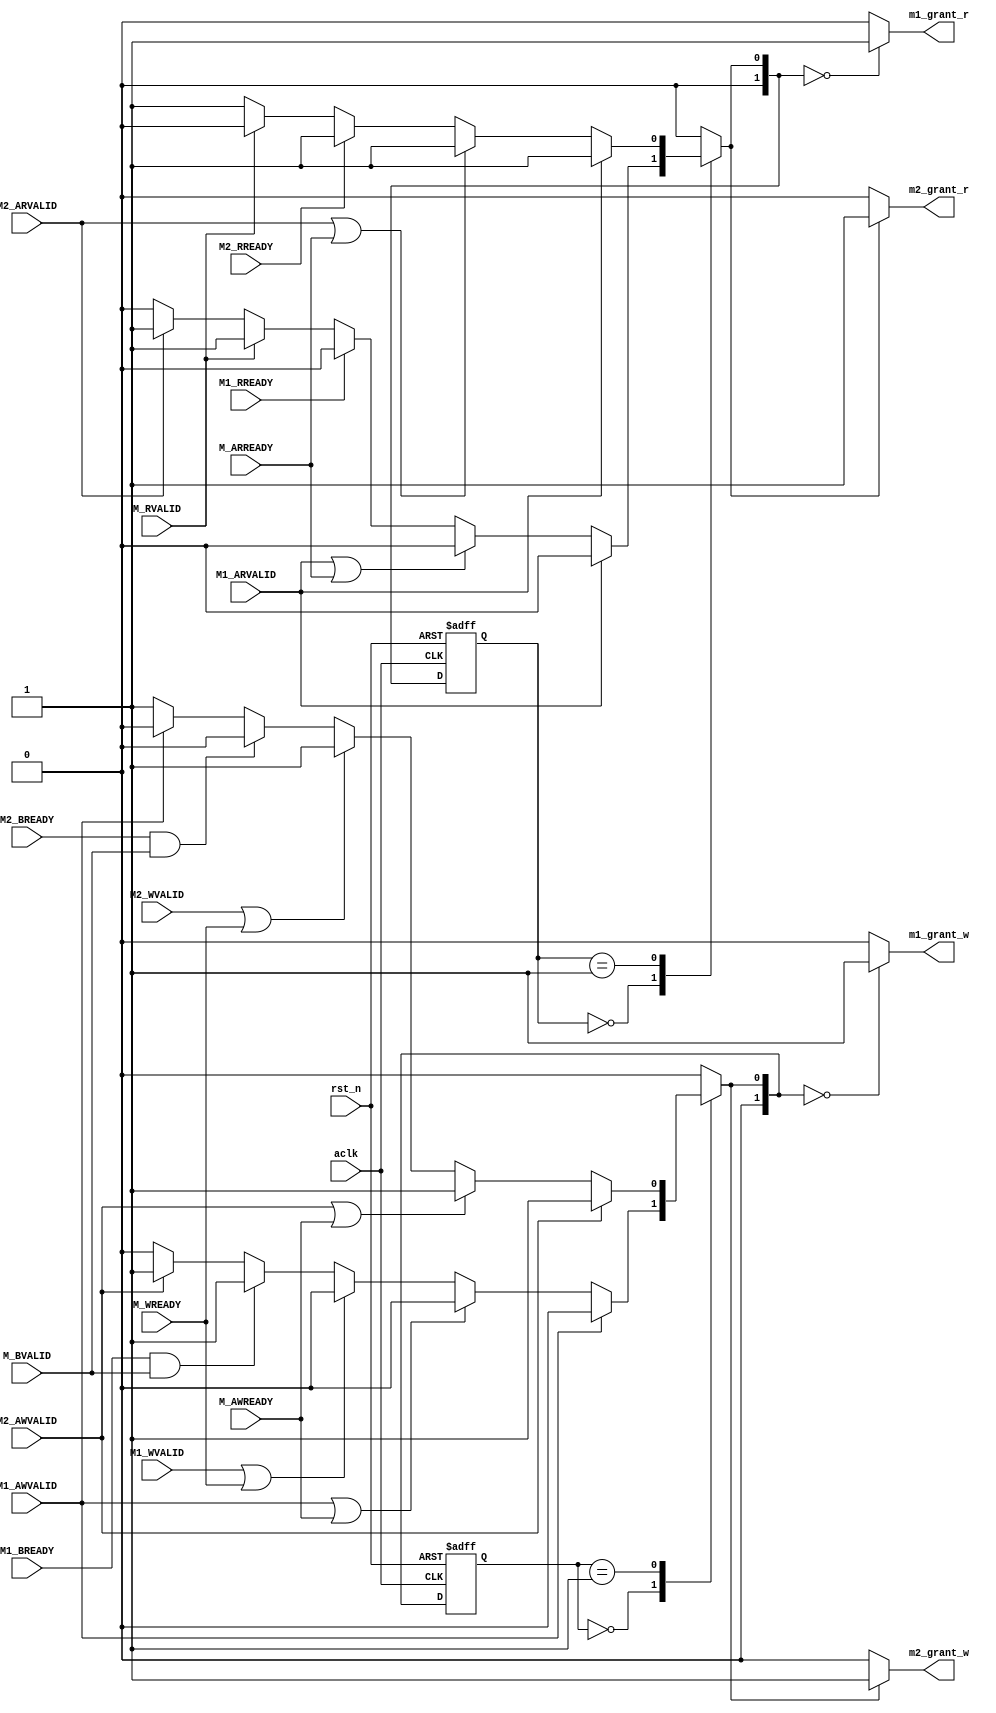
module axi_arbiter 
(
    // Gobal signal
    input wire          aclk,
    input wire          rst_n,
    // Write arbiter ---------------------
    // Master 0  write
    //input wire          M0_AWVALID,
    //input wire          M0_WVALID,
    //input wire          M0_BREADY,
    // Master 1 write 
    input wire          M1_AWVALID,
    input wire          M1_WVALID,
    input wire          M1_BREADY,
    // Master 2 write 
    input wire          M2_AWVALID,
    input wire          M2_WVALID,
    input wire          M2_BREADY,

    input wire          M_AWREADY,
    input wire          M_WREADY,
    input wire          M_BVALID,

    //output wire          m0_grant_w,
    output wire          m1_grant_w,
    output wire          m2_grant_w,
    // Read arbiter ------------------------
    // Master 0 read
    //input wire          M0_ARVALID,
    //input wire          M0_RREADY,
    // Master 1 read 
    input wire          M1_ARVALID,
    input wire          M1_RREADY,
    // Master 2 read
    input wire          M2_ARVALID,
    input wire          M2_RREADY,

    input wire          M_ARREADY,
    input wire          M_RVALID,

    //output wire          m0_grant_r,
    output wire          m1_grant_r,
    output wire          m2_grant_r
);
    //parameter W_AXI_MASTER0 = 2'b00;
    parameter W_AXI_MASTER1 = 2'b00;
    parameter W_AXI_MASTER2 = 2'b01;

    reg [1:0]   state_w, next_state_w;

    //parameter READY         = 2'b00  ;
    //parameter R_AXI_MASTER0 = 2'b00;
    parameter R_AXI_MASTER1 = 2'b00;
    parameter R_AXI_MASTER2 = 2'b01;
    
    reg [1:0]   state_r, next_state_r;
    
    // Write--------------------------------------------------------------------
    always @(posedge aclk or negedge rst_n ) begin
        if(!rst_n)begin
            state_w <= 2'd0;
        end else begin
            state_w <= next_state_w;
        end
    end

    always @(*) begin
        case (state_w)
        /*
            READY        :begin
                if(M0_AWVALID)begin
                    next_state_w = W_AXI_MASTER0;
                end else if(M1_AWVALID)begin
                    next_state_w = W_AXI_MASTER1;
                end else if(M2_AWVALID)begin
                    next_state_w = W_AXI_MASTER2;
                end else
                    next_state_w = READY;
            end
           
            W_AXI_MASTER0:begin    // 0>1>2
                if(M0_AWVALID)begin
                    next_state_w = W_AXI_MASTER0;
                end else if(M0_AWVALID || M_AWREADY)begin
                    next_state_w = W_AXI_MASTER0;
                end else if(M0_WVALID || M_WREADY)begin  // master 0 
                    next_state_w = W_AXI_MASTER0;
                end else if(M0_BREADY && M_BVALID) begin
                    next_state_w = W_AXI_MASTER1;
                end else if(M1_AWVALID) begin
                    next_state_w = W_AXI_MASTER1;
                end else if(M2_AWVALID)begin
                    next_state_w = W_AXI_MASTER2;
                end else begin
                    next_state_w = W_AXI_MASTER0;
                end
            end
             */ 
            W_AXI_MASTER1:begin   // 1>2
                if(M1_AWVALID)begin    
                    next_state_w = W_AXI_MASTER1;
                end else if(M1_AWVALID || M_AWREADY)begin
                    next_state_w = W_AXI_MASTER1;
                end else if(M1_WVALID || M_WREADY)begin  // master 0 
                    next_state_w = W_AXI_MASTER1;
                end else if(M1_BREADY && M_BVALID) begin  // have problem
                    next_state_w = W_AXI_MASTER2;
                end else if(M2_AWVALID) begin
                    next_state_w = W_AXI_MASTER2;
                //end else if(M0_AWVALID)begin
                   // next_state_w = W_AXI_MASTER0;
                end else begin
                    next_state_w = W_AXI_MASTER1;
                end
            end
            W_AXI_MASTER2:begin   // 2>0>1
                if(M2_AWVALID)begin    
                    next_state_w = W_AXI_MASTER2;
                end else if(M2_AWVALID || M_AWREADY)begin
                    next_state_w = W_AXI_MASTER2;
                end else if(M2_WVALID || M_WREADY)begin  // master 0 
                    next_state_w = W_AXI_MASTER2;
                end else if(M2_BREADY && M_BVALID) begin
                    next_state_w = W_AXI_MASTER1;
                    //next_state_w = W_AXI_MASTER0;
                //end else if(M0_AWVALID) begin
                    //next_state_w = W_AXI_MASTER0;
                end else if(M1_AWVALID)begin
                    next_state_w = W_AXI_MASTER1;
                end else begin
                    next_state_w = W_AXI_MASTER2;
                end
            end
            default: begin
                //next_state_w = W_AXI_MASTER0;
                next_state_w = W_AXI_MASTER1;
            end
        endcase
    end

    //assign m0_grant_w = (next_state_w == W_AXI_MASTER0) ? 1'b1 : 1'b0;
    assign m1_grant_w = (next_state_w == W_AXI_MASTER1) ? 1'b1 : 1'b0;
    assign m2_grant_w = (next_state_w == W_AXI_MASTER2) ? 1'b1 : 1'b0;

    // Read ---------------------------------------------------------------
    always @(posedge aclk or negedge rst_n ) begin
        if(!rst_n)begin
            state_r <= 2'd0;
        end else begin
            state_r <= next_state_r;
        end
    end

    always @(*) begin
        case (state_r)
            /*
            R_AXI_MASTER0:begin    // 0>1>2
                if(M0_ARVALID)begin
                    next_state_r = R_AXI_MASTER0;
                end else if(M0_ARVALID || M_ARREADY)begin
                    next_state_r = R_AXI_MASTER0;
                end else if(M0_RREADY)begin  // master 0 
                    next_state_r = R_AXI_MASTER0;
                end else if(M_RVALID) begin
                    next_state_r = R_AXI_MASTER1;
                end else if(M1_ARVALID) begin
                    next_state_r = R_AXI_MASTER1;
                end else if(M2_ARVALID)begin
                    next_state_r = R_AXI_MASTER2;
                end else begin
                    next_state_r = R_AXI_MASTER0;
                end
            end 
            */
            R_AXI_MASTER1:begin    // 1>2>0
                if(M1_ARVALID)begin
                    next_state_r = R_AXI_MASTER1;
                end else if(M1_ARVALID || M_ARREADY)begin
                    next_state_r = R_AXI_MASTER1;
                end else if(M1_RREADY)begin  // master 0 
                    next_state_r = R_AXI_MASTER1;
                end else if(M_RVALID) begin
                    next_state_r = R_AXI_MASTER2;
                end else if(M2_ARVALID) begin
                    next_state_r = R_AXI_MASTER2;
                //end else if(M0_ARVALID)begin
                    //next_state_r = R_AXI_MASTER0;
                end else begin
                    next_state_r = R_AXI_MASTER1;
                end
            end
            R_AXI_MASTER2:begin    // 2>0>1
                if(M1_ARVALID)begin
                    next_state_r = R_AXI_MASTER2;
                end else if(M2_ARVALID || M_ARREADY)begin
                    next_state_r = R_AXI_MASTER2;
                end else if(M2_RREADY)begin  // master 0 
                    next_state_r = R_AXI_MASTER2;
                end else if(M_RVALID) begin
                    next_state_r = R_AXI_MASTER1;
                    //next_state_r = R_AXI_MASTER0;
                //end else if(M0_ARVALID) begin
                    //next_state_r = R_AXI_MASTER0;
                end else if(M1_ARVALID)begin
                    next_state_r = R_AXI_MASTER1;
                end else begin
                    next_state_r = R_AXI_MASTER2;
                end
            end
            default: begin
                //next_state_r = R_AXI_MASTER0;
                next_state_r = R_AXI_MASTER1;
            end
        endcase
    end

    //assign m0_grant_r = (next_state_r == R_AXI_MASTER0) ? 1'b1 : 1'b0;
    assign m1_grant_r = (next_state_r == R_AXI_MASTER1) ? 1'b1 : 1'b0;
    assign m2_grant_r = (next_state_r == R_AXI_MASTER2) ? 1'b1 : 1'b0;

endmodule